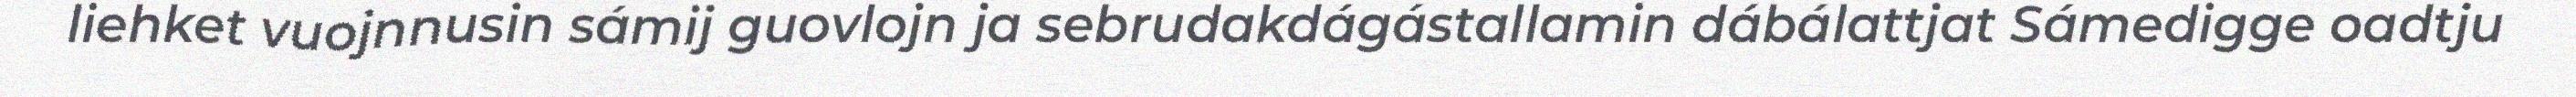
liehket vuojnnusin sámij guovlojn ja sebrudakdágástallamin dábálattjat Sámedigge oadtju